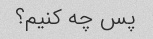
پس چه کنیم؟